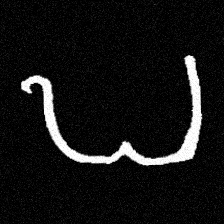
Pyu character \u2014 Myanmar letter: ဎ (romanized: ddha)